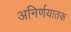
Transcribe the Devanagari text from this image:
अनिर्णयातक